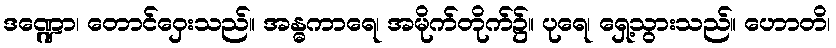
ဒဏ္ဍော၊ တောင်ဝှေးသည်။ အန္ဓကာရေ၊ အမိုက်တိုက်၌။ ပုရေ၊ ရှေ့သွားသည်။ ဟောတိ၊